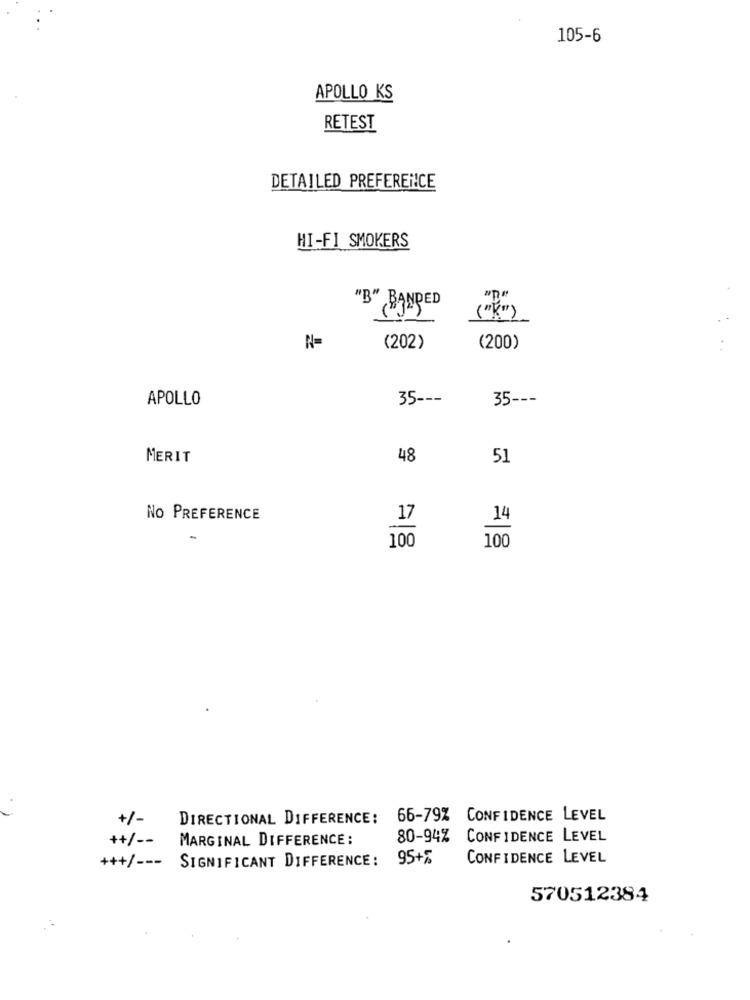
105-6
APOLLO KS
RETEST
DETAILED PREFERENCE
HI-FI SMOKERS
"B" BANDED
N=
(202)
(200)
APOLLO
35 ---
35 ---
MERIT
48
51
No PREFERENCE
17
100
100
+/-
DIRECTIONAL DIFFERENCE:
66-79% CONFIDENCE LEVEL
++/ --
MARGINAL DIFFERENCE:
80-94%
CONFIDENCE LEVEL
SIGNIFICANT DIFFERENCE: 95+%
CONFIDENCE LEVEL
+++/ ---
570512384